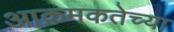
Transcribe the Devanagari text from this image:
आक्रमकतेच्या